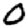
Digit: 0